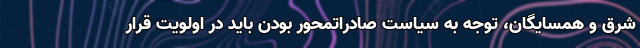
شرق و همسایگان، توجه به سیاست صادراتمحور بودن باید در اولویت قرار